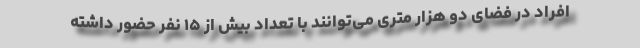
افراد در فضای دو هزار متری می‌توانند با تعداد بیش از ۱۵ نفر حضور داشته